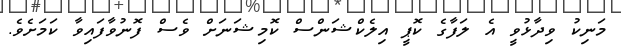
މަނިކު ވިދާޅުވީ އެ ލަފާގެ ކޮޕީ އިލެކްޝަންސް ކޮމިޝަނަށް ވެސް ފޮނުވާފައިވާ ކަމަށެވެ.